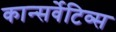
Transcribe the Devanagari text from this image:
कान्सर्वेटिव्स